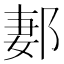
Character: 郪